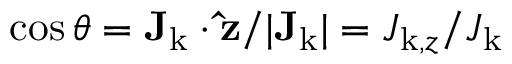
\cos \theta = { \bf J _ { \mathrm { k } } } \cdot \mathbf { \hat { z } } / | { \bf J _ { \mathrm { k } } } | = J _ { \mathrm { k } , z } / J _ { \mathrm { k } }